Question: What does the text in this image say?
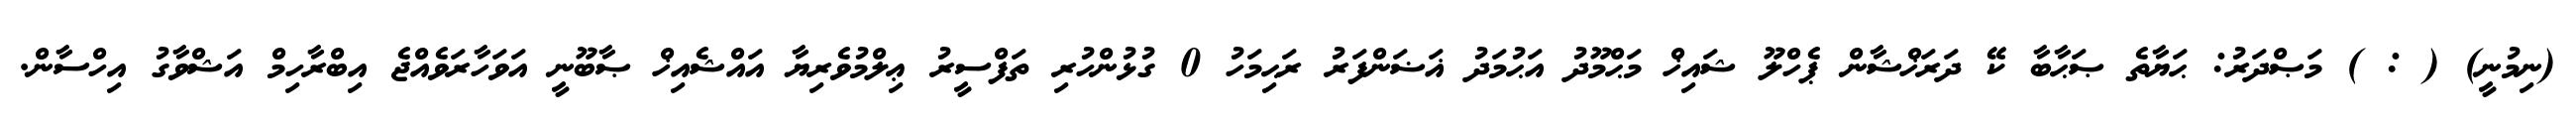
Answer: (ނިމުނީ) ( : ) މަޞްދަރު: ޙަޔާތެ ޞަޙާބާ ކޭ ދަރަޚްޝާން ޕެހްލޫ ޝައިޚް މަޙްމޫދު އަޙުމަދު ޣަޟަންފަރު ރަޙިމަހު 0 ގުޅުންހުރި ތަފްސީރު ޢިލްމުވެރިޔާ އައްޝެއިޚް ޞާބޫނީ އަވަހާރަވެއްޖެ އިބްރާހިމް އަޝްވާގު އިހްސާން.